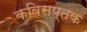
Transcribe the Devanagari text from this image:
कविसप्तक